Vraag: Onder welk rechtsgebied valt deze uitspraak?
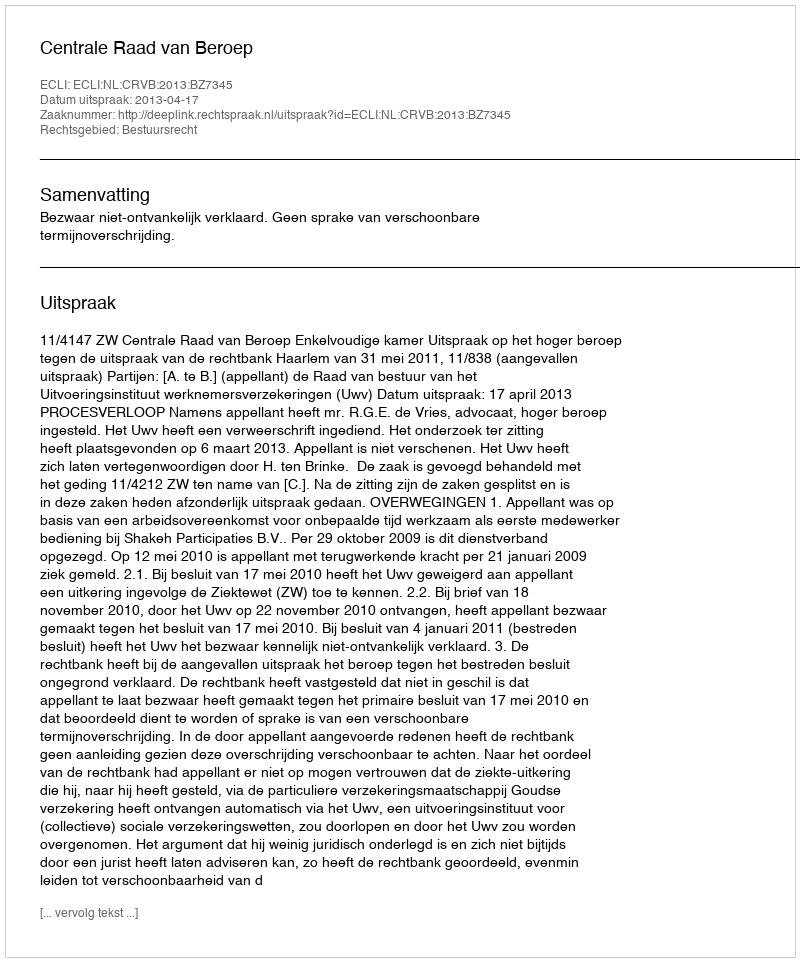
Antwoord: Bestuursrecht